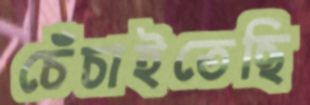
চেঁচাইতেছি